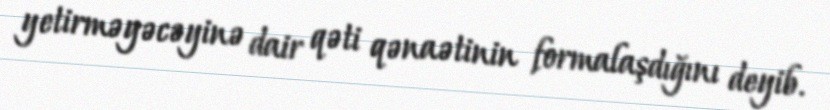
yetirməyəcəyinə dair qəti qənaətinin formalaşdığını deyib.